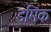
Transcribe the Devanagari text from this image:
इमिंक